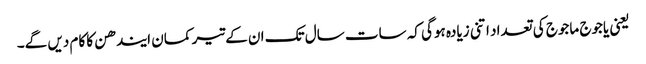
یعنی یاجوج ماجوج کی تعداد اتنی زیادہ ہوگی کہ سات سال تک ان کےتیر کمان ایندھن کا کام دیں گے۔